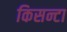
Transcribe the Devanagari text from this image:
किसन्टा